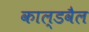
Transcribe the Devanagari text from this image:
काल्डवैल